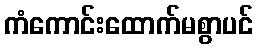
ကံကောင်းထောက်မစွာပင်